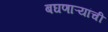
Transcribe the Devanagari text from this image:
बघणाऱ्यांची